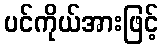
ပင်ကိုယ်အားဖြင့်